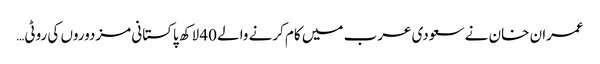
عمران خان نے سعودی عرب میں کام کرنے والے 40 لاکھ پاکستانی مزدوروں کی روٹی…